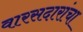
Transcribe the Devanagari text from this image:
वारसदारांचा